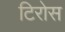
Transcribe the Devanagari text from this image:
टिरोस